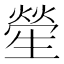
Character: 𤯵